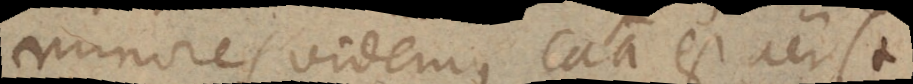
minores videmus causa est aer (+